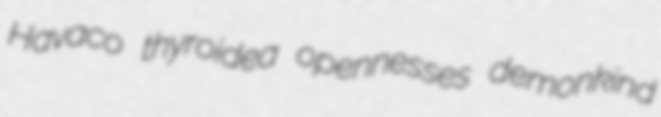
Havaco thyroidea opennesses demonkind